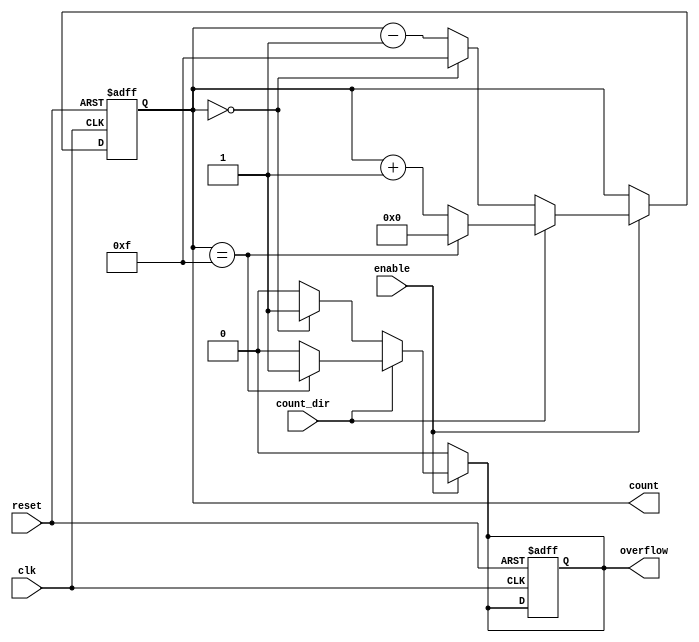
module multi_bit_counter #(
    parameter BIT_WIDTH = 4 // Specify the bit width of the counter
)(
    input wire clk,          // Clock signal
    input wire reset,        // Asynchronous reset signal
    input wire enable,       // Enable signal for counting
    input wire count_dir,    // Count direction: 1 for up, 0 for down
    output reg [BIT_WIDTH-1:0] count, // Current count output
    output reg overflow       // Overflow flag
);

    // Internal signal to hold the next count value
    reg [BIT_WIDTH-1:0] next_count;

    // Asynchronous reset and counting logic
    always @(posedge clk or posedge reset) begin
        if (reset) begin
            count <= 0; // Reset the counter to 0
            overflow <= 0; // Clear overflow flag
        end else if (enable) begin
            count <= next_count; // Update the count
        end
    end

    // Combinational logic to determine the next count value
    always @(*) begin
        if (enable) begin
            if (count_dir) begin
                // Up-counting
                if (count == (1 << BIT_WIDTH) - 1) begin
                    next_count = 0; // Roll over to 0
                    overflow = 1; // Set overflow flag
                end else begin
                    next_count = count + 1; // Increment count
                    overflow = 0; // Clear overflow flag
                end
            end else begin
                // Down-counting
                if (count == 0) begin
                    next_count = (1 << BIT_WIDTH) - 1; // Roll over to max value
                    overflow = 1; // Set overflow flag
                end else begin
                    next_count = count - 1; // Decrement count
                    overflow = 0; // Clear overflow flag
                end
            end
        end else begin
            next_count = count; // Hold current count if not enabled
            overflow = 0; // Clear overflow flag
        end
    end

endmodule